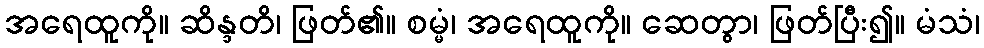
အရေထူကို။ ဆိန္ဒတိ၊ ဖြတ်၏။ စမ္မံ၊ အရေထူကို။ ဆေတွာ၊ ဖြတ်ပြီး၍။ မံသံ၊